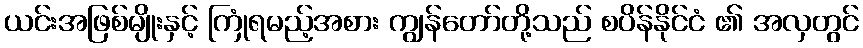
ယင်းအဖြစ်မျိုးနှင့် ကြုံရမည့်အစား ကျွန်တော်တို့သည် စပိန်နိုင်ငံ ၏ အလှတွင်